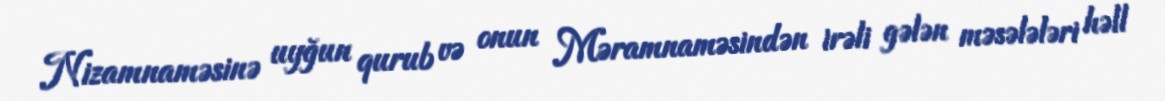
Nizamnaməsinə uyğun qurub və onun Məramnaməsindən irəli gələn məsələləri həll